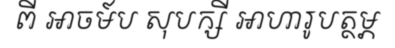
ពី អាចម៍ប សុបក្សី អាហារូបត្ថម្ភ